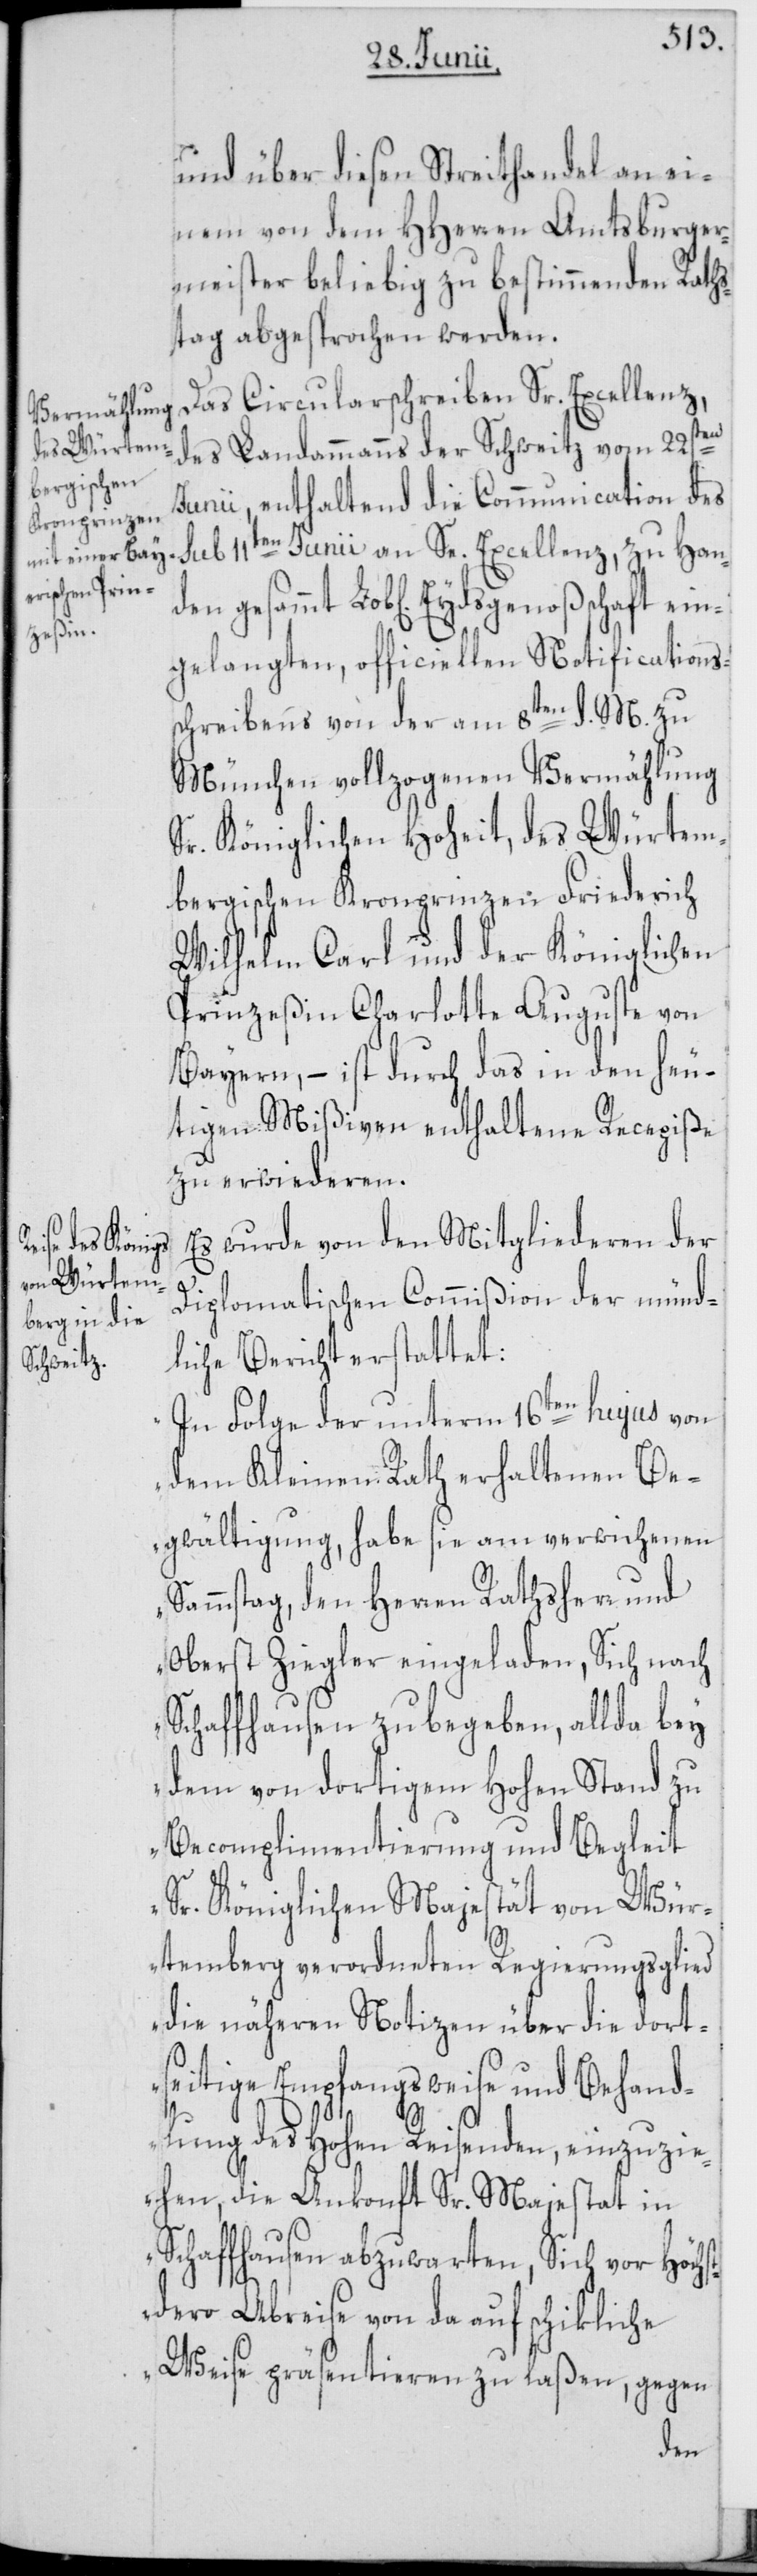
und über diesen Streithandel an ei¬
nem von dem HHerren Amtsburger¬
meister beliebig zu bestimmenden Raths¬
tag abgesprochen werden.
Das Circularschreiben Sr. Excellenz,
des Landammanns der Schweitz vom 22sten
Junii, enthaltend die Communication des
ein¬
gelangten, officiellen Notifications¬
schreibens von der am 8ten d. M. zu
München vollzogenen Vermählung
Sr. Königlichen Hoheit, des Würtem¬
bergischen Kronprinzen Friederich
Wilhelm Carl und der Königlichen
Prinzeßin Charlotte Auguste von
Bayern, – ist durch das in den heu¬
tigen Mißiven enthaltene Recepiße
zu erwiederen.
Es wurde von den Mitgliederen der
Diplomatischen Commißion der münd¬
liche Bericht erstattet:
„In Folge der unterm 16ten hujus von
dem Kleinen Rath erhaltenen Be¬
gwältigung, habe sie am verwichenen
Sammstag, den Herren Rathsherr und
Oberst Ziegler eingeladen, Sich nach
Schaffhausen zu begeben, allda bey
dem von dortigem Hohen Stand zu
Becomplimentierung und Begleit
Sr. Königlichen Majestät von Wür¬
temberg verordneten Regierungsglied
die näheren Notizen über die dort¬
seitige Empfangsweise und Behand¬
lung des Hohen Reisenden, einzuzie¬
hen, die Ankonft Sr. Majestat
Schaffhausen abzuwarten, Sich vor Höchs¬
tdero Abreise von da auf schikliche
Weise präsentieren zu laßen, gegen